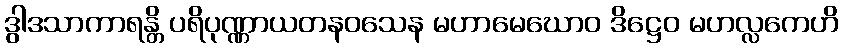
ဒွါဒသာကာရန္တိ ပရိပုဏ္ဏာယတနဝသေန မဟာမေဃောဝ ဒိဋ္ဌေဝ မဟလ္လကေဟိ